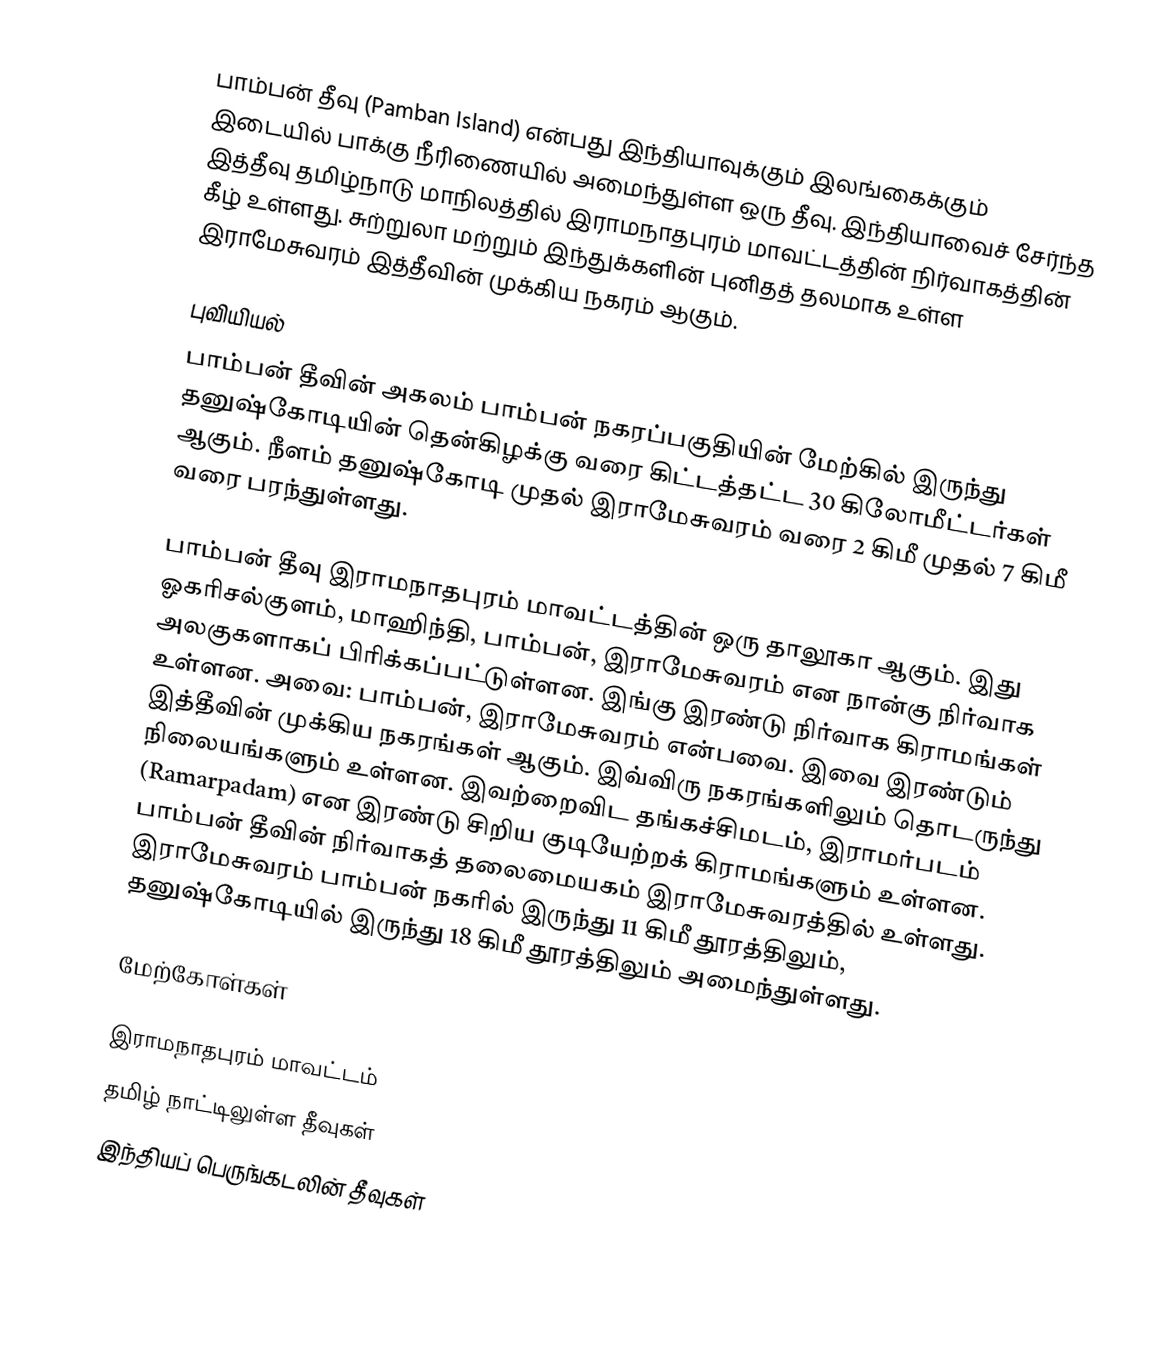
பாம்பன் தீவு (Pamban Island) என்பது இந்தியாவுக்கும் இலங்கைக்கும் இடையில் பாக்கு நீரிணையில் அமைந்துள்ள ஒரு தீவு. இந்தியாவைச் சேர்ந்த இத்தீவு தமிழ்நாடு மாநிலத்தில் இராமநாதபுரம் மாவட்டத்தின் நிர்வாகத்தின் கீழ் உள்ளது. சுற்றுலா மற்றும் இந்துக்களின் புனிதத் தலமாக உள்ள இராமேசுவரம்  இத்தீவின் முக்கிய நகரம் ஆகும்.

புவியியல்
பாம்பன் தீவின் அகலம் பாம்பன் நகரப்பகுதியின் மேற்கில் இருந்து தனுஷ்கோடியின் தென்கிழக்கு வரை கிட்டத்தட்ட 30 கிலோமீட்டர்கள் ஆகும். நீளம் தனுஷ்கோடி முதல் இராமேசுவரம்  வரை 2 கிமீ முதல் 7 கிமீ வரை பரந்துள்ளது.

பாம்பன் தீவு இராமநாதபுரம் மாவட்டத்தின் ஒரு தாலூகா ஆகும். இது ஓகரிசல்குளம், மாஹிந்தி, பாம்பன், இராமேசுவரம்  என நான்கு நிர்வாக அலகுகளாகப் பிரிக்கப்பட்டுள்ளன. இங்கு இரண்டு நிர்வாக கிராமங்கள் உள்ளன. அவை: பாம்பன், இராமேசுவரம் என்பவை. இவை இரண்டும் இத்தீவின் முக்கிய நகரங்கள் ஆகும். இவ்விரு நகரங்களிலும் தொடருந்து நிலையங்களும் உள்ளன. இவற்றைவிட தங்கச்சிமடம், இராமர்படம் (Ramarpadam) என இரண்டு சிறிய குடியேற்றக் கிராமங்களும் உள்ளன. பாம்பன் தீவின் நிர்வாகத் தலைமையகம் இராமேசுவரத்தில் உள்ளது. இராமேசுவரம் பாம்பன் நகரில் இருந்து 11 கிமீ தூரத்திலும், தனுஷ்கோடியில் இருந்து 18 கிமீ தூரத்திலும் அமைந்துள்ளது.

மேற்கோள்கள்

இராமநாதபுரம் மாவட்டம்
தமிழ் நாட்டிலுள்ள தீவுகள்
இந்தியப் பெருங்கடலின் தீவுகள்